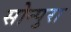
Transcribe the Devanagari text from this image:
सोन्पुरा